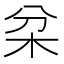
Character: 𣏰